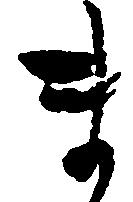
ま